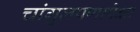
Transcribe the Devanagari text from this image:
चांगुलपणापेक्षा